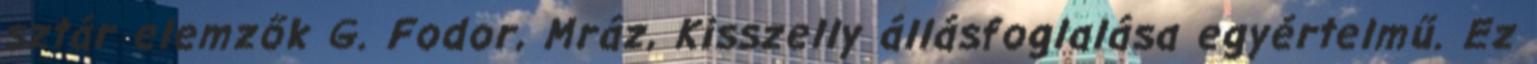
sztár elemzők G. Fodor, Mráz, Kisszelly állásfoglalása egyértelmű. Ez